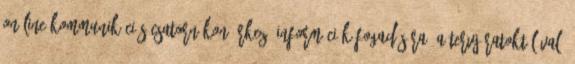
on-line kommunikációs csatornákon érkező információk fogadására. A tervjáratoktól való